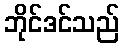
ဘိုင်ဒင်သည်